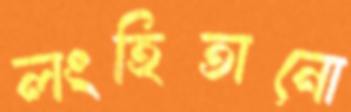
লংহিতানো